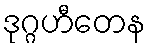
ဒုဂ္ဂဟီတေန